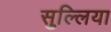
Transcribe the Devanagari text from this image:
सुल्लिया